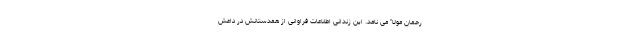
رحمان مولا" می نامد. این زندانی اطلاعات فراوانی از همدستانش در داعش